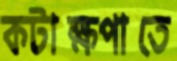
কটাক্ষপাতে